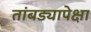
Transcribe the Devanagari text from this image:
तांबड्यापेक्षा